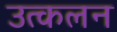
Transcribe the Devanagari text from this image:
उत्‍कलन